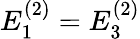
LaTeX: E_{1}^{(2)}=E_{3}^{(2)}